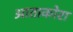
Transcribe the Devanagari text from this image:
आताकोरा